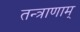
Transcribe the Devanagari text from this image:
तन्त्राणाम्